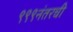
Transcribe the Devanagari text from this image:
९९९नंतरची